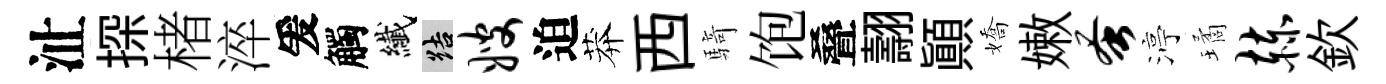
沚探楮淬爰觸纎結嫂迫莽西騎饱叠翿顚嬌嫩蚤渟璚赫欽